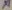
Text: x1